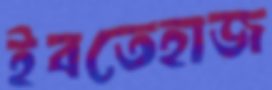
ইবতেহাজ